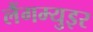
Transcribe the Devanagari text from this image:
लैंगम्युइर